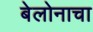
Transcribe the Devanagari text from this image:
बेलोनाचा